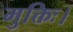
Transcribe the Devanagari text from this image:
मुक्तिः।